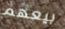
بيعهم